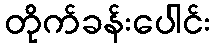
တိုက်ခန်းပေါင်း